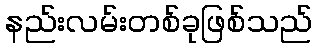
နည်းလမ်းတစ်ခုဖြစ်သည်